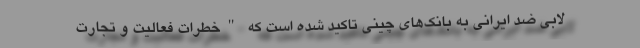
لابی ضد ایرانی به بانک‌های چینی تاکید شده است که "خطرات فعالیت و تجارت